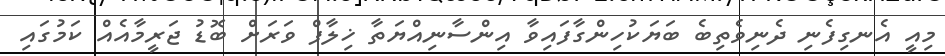
މިއީ އެނގިފެނި ދެނިވެތިބެ ބަޔަކުހިންގާފައިވާ އިންސާނިއްޔަތާ ޚިލާފް ވަރަށް ބޮޑު ޖަރީމާއެއް ކަމުގައި